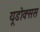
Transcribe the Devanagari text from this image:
यूडोक्सस